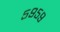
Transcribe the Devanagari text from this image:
५९५९